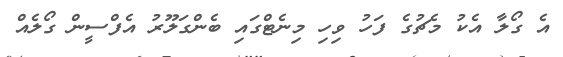
އެ ގޯލާ އެކު މެޗުގެ ފަހު ވިހި މިނެޓްގައި ބެންގަލޫރު އެފްސީން ގޯލެއް